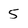
Character: 5